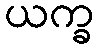
ယက္ခ